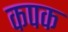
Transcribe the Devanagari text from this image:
कपक